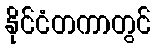
နိုင်ငံတကာတွင်